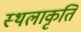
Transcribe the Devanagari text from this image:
स्‍थलाकृति